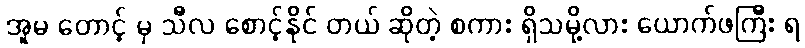
အူမ တောင့် မှ သီလ စောင့်နိုင် တယ် ဆိုတဲ့ စကား ရှိသမို့လား ယောက်ဖကြီး ရ